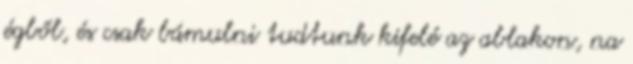
égből, és csak bámulni tudtunk kifelé az ablakon, na